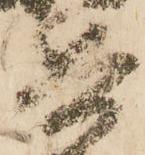
兵